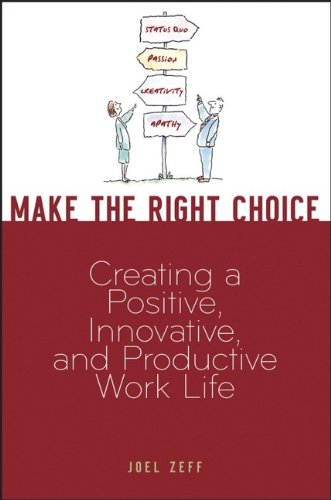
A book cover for Make the Right Choice: Creating a Positive, Innovative and Productive Work Life; Joel Zeff; Business & Money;